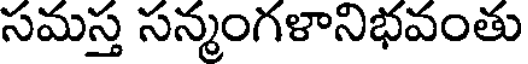
సమస్త సన్మంగళానిభవంతు